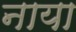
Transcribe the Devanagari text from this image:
नाया